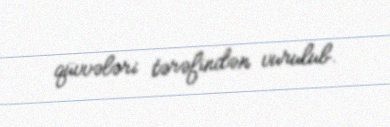
qüvvələri tərəfindən vurulub.